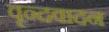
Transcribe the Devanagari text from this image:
वृन्दवादन